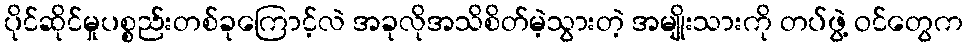
ပိုင်ဆိုင်မှုပစ္စည်းတစ်ခုကြောင့်လဲ အခုလိုအသိစိတ်မဲ့သွားတဲ့ အမျိုးသားကို တပ်ဖွဲ့ ဝင်တွေက